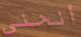
أنحني